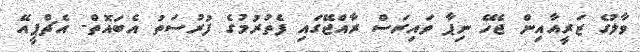
ވާލުގެ ޒަރީއާއިން ޖެހޭ ނިޕާ ވައިރަސް ރާއްޖޭގައި ފެތުރުމުގެ ފުރުސަތު އެބައޮތް- އެޗްޕީއޭ